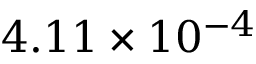
4 . 1 1 \times 1 0 ^ { - 4 }